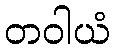
တဝါယံ